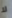
لا